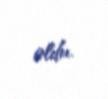
oldu.